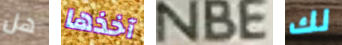
هل آخذها NBE لك